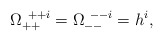
\begin{align*}\Omega^{~++i}_{++} = \Omega^{~--i}_{--} = h^i ,\end{align*}